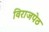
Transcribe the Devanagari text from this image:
विराजपेठ